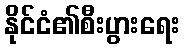
နိုင်ငံ၏စီးပွားရေး